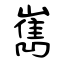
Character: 嶲